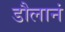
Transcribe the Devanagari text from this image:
डौलानं